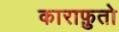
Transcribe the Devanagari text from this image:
काराफ़ुतो